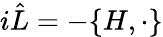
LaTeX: i{\hat{L}}=-\{ H,\cdot\}